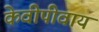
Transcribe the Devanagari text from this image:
केवीपीवाय